Report on vaccination in the Province of Bengal - 1869-1873
Year: 1869
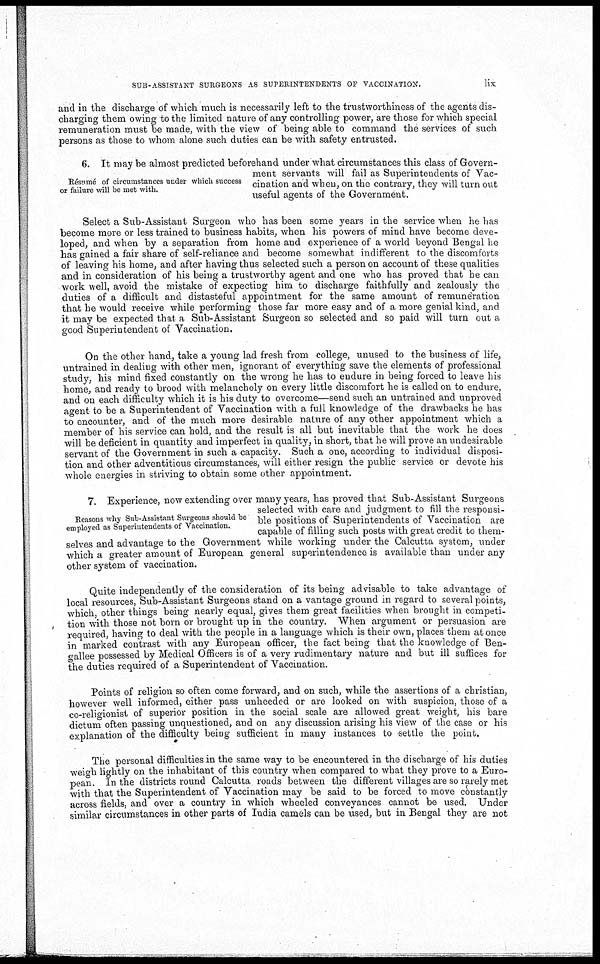
SUB-ASSISTANT SURGEONS AS SUPERINTENDENTS OF VACCINATION.
lix
and in the discharge of which much is necessarily left to the trustworthiness of the agents dis-
charging them owing to the limited nature of any controlling power, are those for which special
remuneration must be made, with the view of being able to command the services of such
persons as those to whom alone such duties can be with safety entrusted.
Resume of circumstances under which success
or failure will be met with.
6. It may be almost predicted beforehand under what circumstances this class of Govern-
ment servants will fail as Superintendents of Vac-
cination and when, on the contrary, they will turn out
useful agents of the Government.
Select a Sub-Assistant Surgeon who has been some years in the service when he has
become more or less trained to business habits, when his powers of mind have become deve-
loped, and when by a separation from home and experience of a world beyond Bengal he
has gained a fair share of self-reliance and become somewhat indifferent to the discomforts
of leaving his home, and after having thus selected such a person on account of these qualities
and in consideration of his being a trustworthy agent and one who has proved that he can
work well, avoid the mistake of expecting him to discharge faithfully and zealously the
duties of a difficult and distasteful appointment for the same amount of remuneration
that he would receive while performing those far more easy and of a more genial kind, and
it may be expected that a Sub-Assistant Surgeon so selected and so paid will turn out a
good Superintendent of Vaccination.
On the other hand, take a young lad fresh from college, unused to the business of life,
untrained in dealing with other men, ignorant of everything save the elements of professional
study, his mind fixed constantly on the wrong he has to endure in being forced to leave his
home, and ready to brood with melancholy on every little discomfort he is called on to endure,
and on each difficulty which it is his duty to overcome—send such an untrained and unproved
agent to be a Superintendent of Vaccination with a full knowledge of the drawbacks he has
to encounter, and of the much more desirable nature of any other appointment which a
member of his service can hold, and the result is all but inevitable that the work he does
will be deficient in quantity and imperfect in quality, in short, that he will prove an undesirable
servant of the Government in such a capacity. Such a one, according to individual disposi-
tion and other adventitious circumstances, will either resign the public service or devote his
whole energies in striving to obtain some other appointment.
Reasons why Sub-Assistant Surgeons should be
employed as Superintendents of Vaccination.
7. Experience, now extending over many years, has proved that Sub-Assistant Surgeons
selected with care and judgment to fill the responsi-
ble positions of Superintendents of Vaccination are
capable of filling such posts with great credit to them-
selves and advantage to the Government while working under the Calcutta system, under
which a greater amount of European general superintendence is available than under any
other system of vaccination.
Quite independently of the consideration of its being advisable to take advantage of
local resources, Sub-Assistant Surgeons stand on a vantage ground in regard to several points,
which, other things being nearly equal, gives them great facilities when brought in competi-
tion with those not born or brought up in the country. When argument or persuasion are
required, having to deal with the people in a language which is their own, places them at once
in marked contrast with any European officer, the fact being that the knowledge of Ben-
gallee possessed by Medical Officers is of a very rudimentary nature and but ill suffices for
the duties required of a Superintendent of Vaccination.
Points of religion so often come forward, and on such, while the assertions of a christian,
however well informed, either pass unheeded or are looked on with suspicion, those of a
co-religionist of superior position in the social scale are allowed great weight, his bare
dictum often passing unquestioned, and on any discussion arising his view of the case or his
explanation of the difficulty being sufficient in many instances to settle the point.
The personal difficulties in the same way to be encountered in the discharge of his duties
weigh lightly on the inhabitant of this country when compared to what they prove to a Euro-
pean. In the districts round Calcutta roads between the different villages are so rarely met
with that the Superintendent of Vaccination may be said to be forced to move constantly
across fields, and over a country in which wheeled conveyances cannot be used. Under
similar circumstances in other parts of India camels can be used, but in Bengal they are not